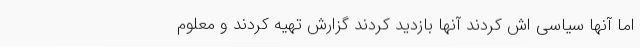
اما آنها سیاسی اش کردند آنها بازدید کردند گزارش تهیه کردند و معلوم